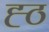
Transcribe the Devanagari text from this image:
ह्ठ